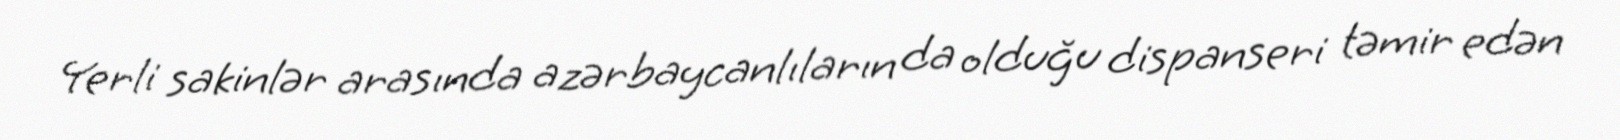
Yerli sakinlər arasında azərbaycanlıların da olduğu dispanseri təmir edən